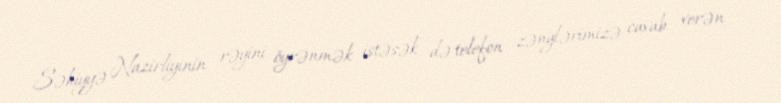
Səhiyyə Nazirliyinin rəyini öyrənmək istəsək də telefon zənglərimizə cavab verən